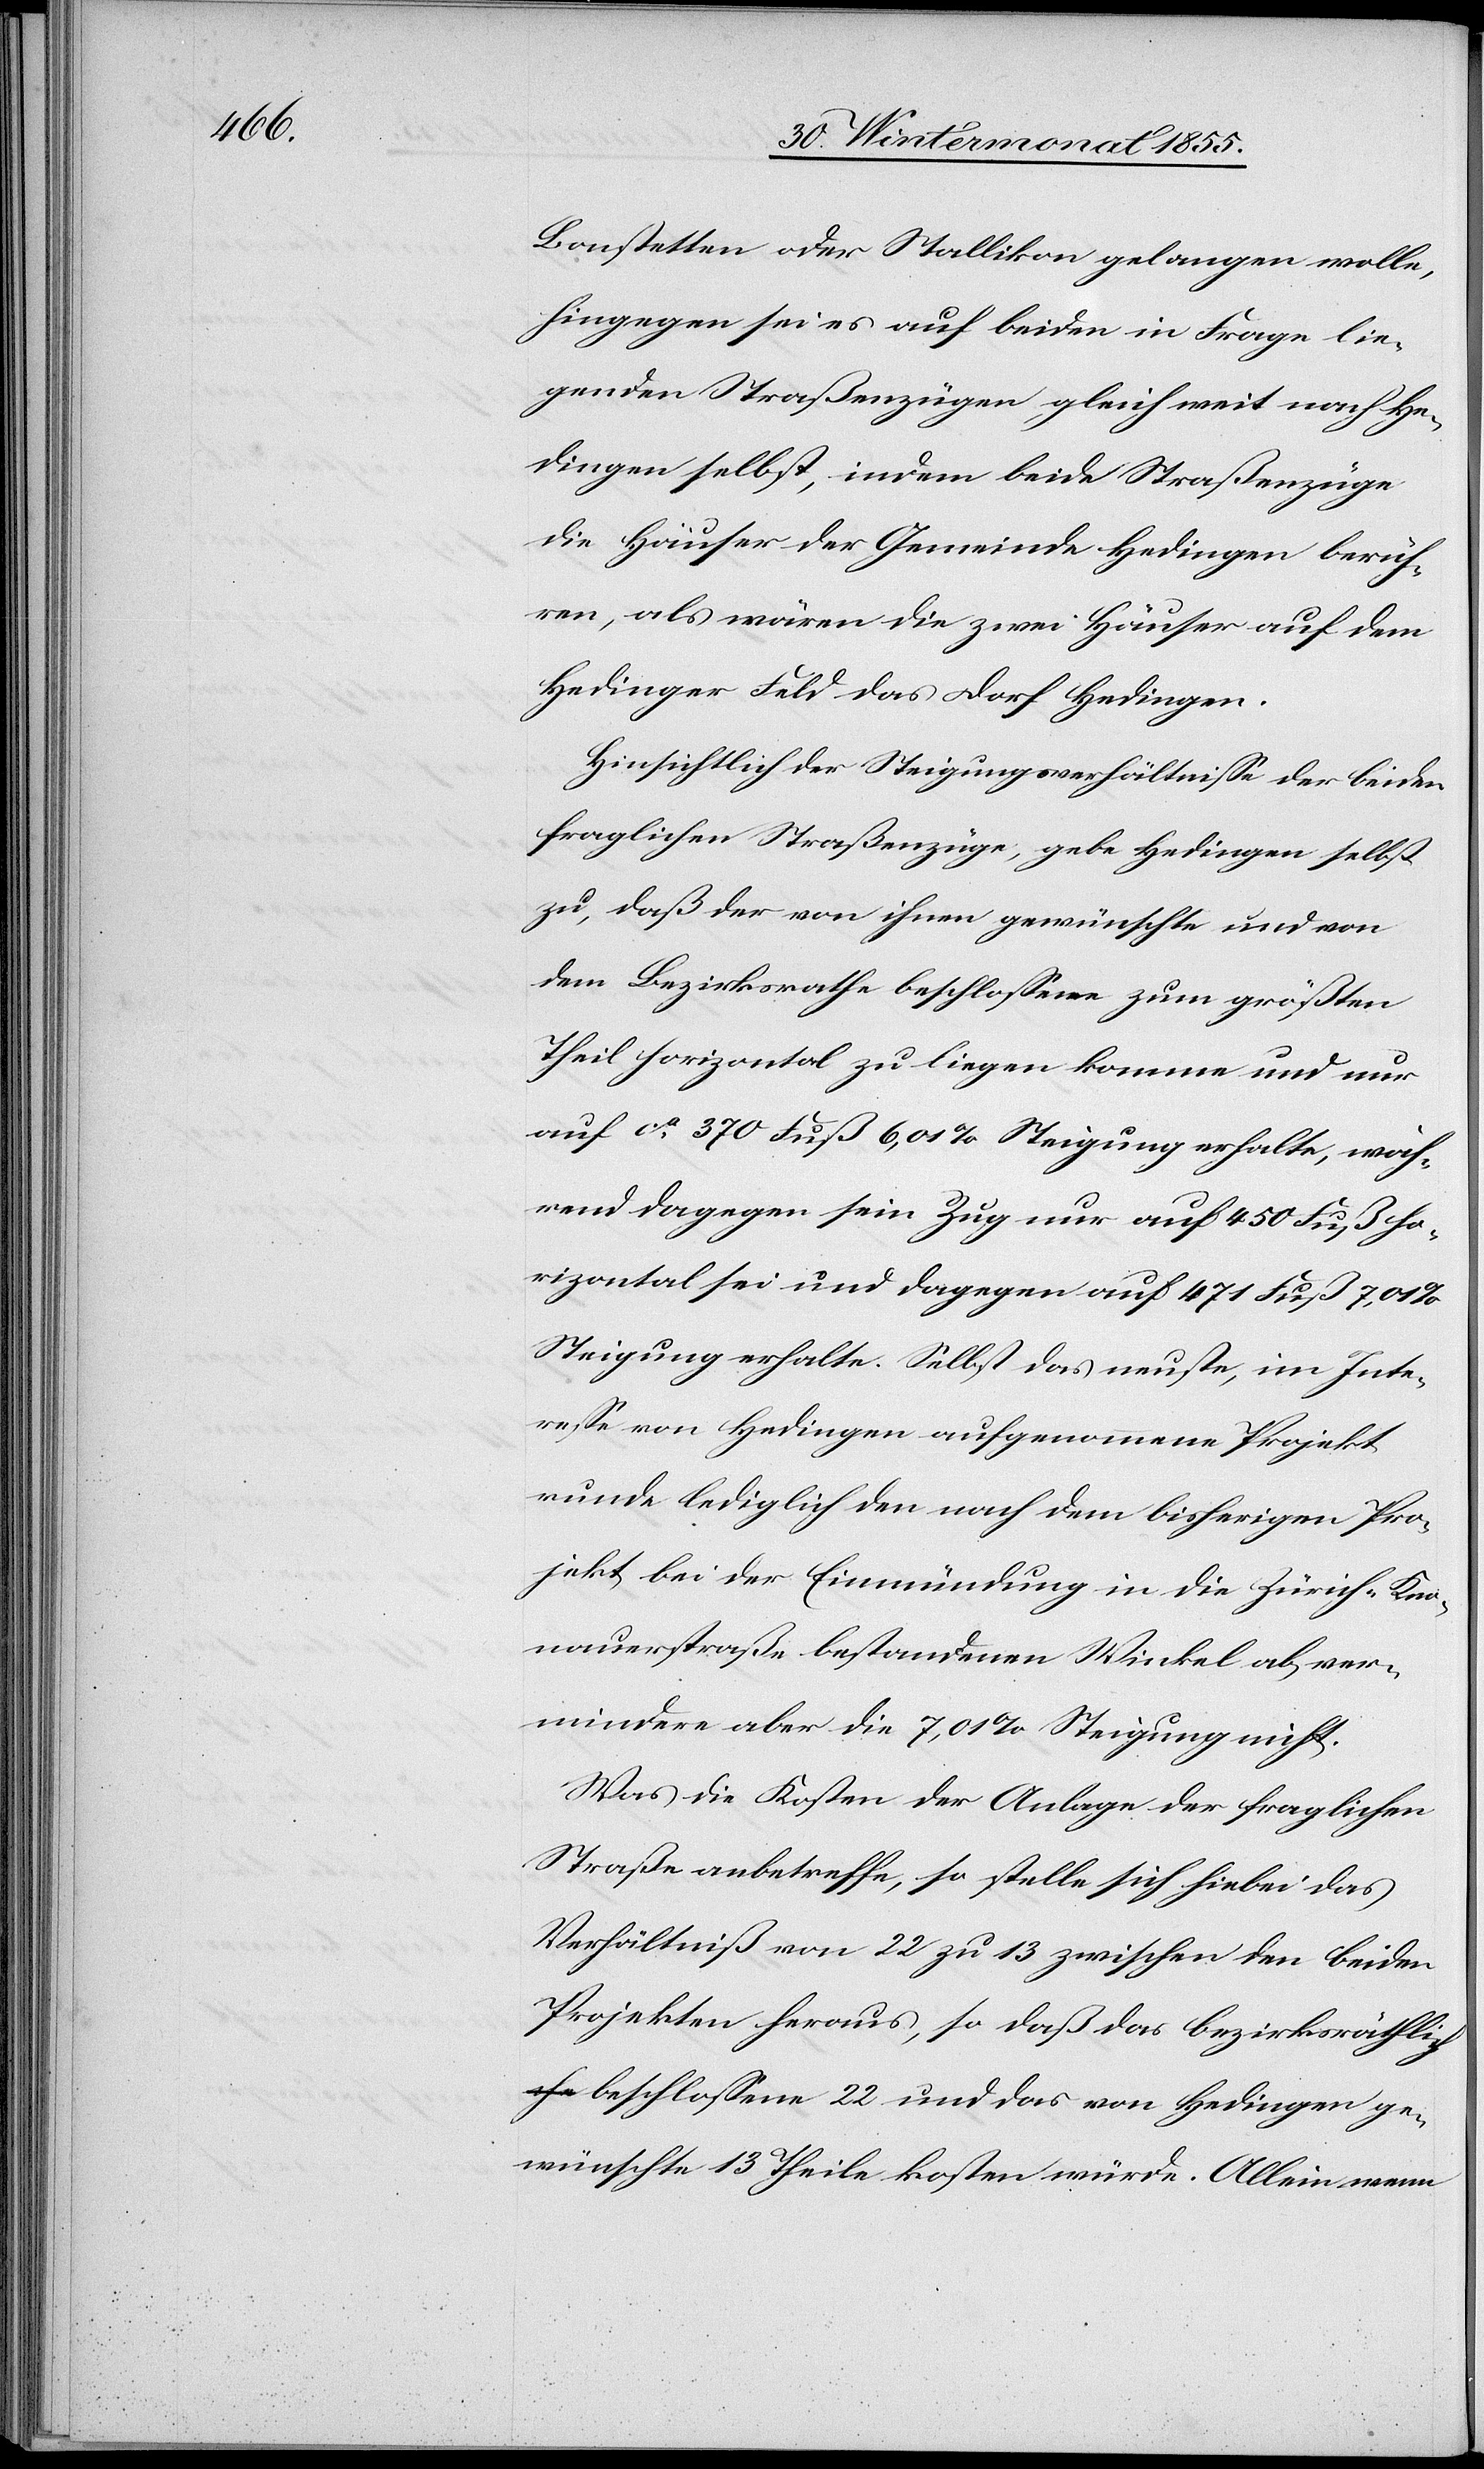
Bonstetten oder Stallikon gelangen wolle,
hingegen sei es auf beiden in Frage lie¬
genden Straßenzügen gleich weit nach He¬
dingen selbst, indem beide Straßenzüge
die Häuser der Gemeinde Hedingen berüh¬
ren, als wären die zwei Häuser auf dem
Hedinger Feld das Dorf Hedingen.
Hinsichtlich der Steigungsverhältnisse der beiden
fraglichen Straßenzüge, gebe Hedingen selbst
zu, daß der von ihnen gewünschte und von
dem Bezirksrathe beschlossene zum größten
Theil horizontal zu liegen komme und nur
auf ca. 370 Fuß 6,01% Steigung erhalte, wäh¬
rend dagegen sein Zug nur auf 450 Fuß ho¬
rizontal sei und dagegen auf 471 Fuß 7,01%
Steigung erhalte. Selbst das neuste, im Inte¬
resse von Hedingen aufgenommene Projekt
runde lediglich den nach dem bisherigen Pro¬
jekt bei der Einmündung in die Zürich-Kno¬
nauerstraße bestandenen Winkel ab, ver¬
mindere aber die 7,01% Steigung nicht.
Was die Kosten der Anlage der fraglichen
Straße anbetreffe, so stelle sich hiebei das
Verhältniß von 22 zu 13 zwischen den beiden
Projekten heraus, so daß das bezirksräthli¬
ch beschlossene 22 und das von Hedingen ge¬
wünschte 13 Theile kosten würde. Allein wenn